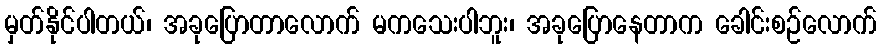
မှတ်နိုင်ပါတယ်၊ အခုပြောတာလောက် မကသေးပါဘူး၊ အခုပြောနေတာက ခေါင်းစဉ်လောက်